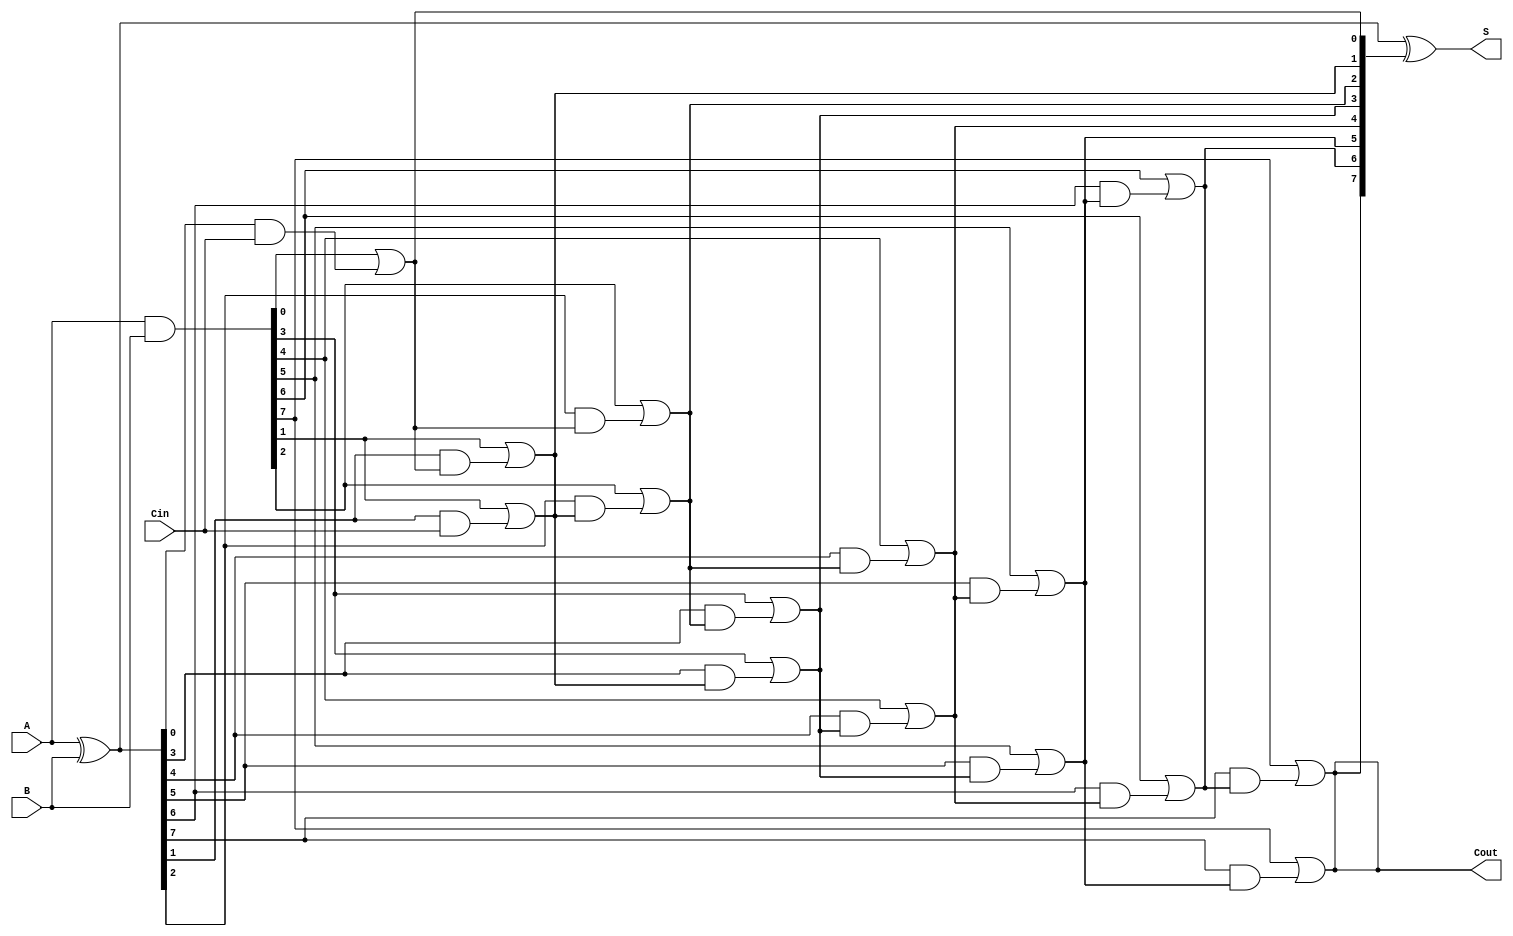
module brent_kung_adder #(
    parameter N = 8 // Parameter for bit-width of the adder
)(
    input [N-1:0] A,       // First n-bit input
    input [N-1:0] B,       // Second n-bit input
    input Cin,             // Carry-in
    output [N-1:0] S,      // n-bit sum output
    output Cout            // Carry-out
);

    // Generate and Propagate signals
    wire [N-1:0] G; // Generate
    wire [N-1:0] P; // Propagate
    wire [N:0] C;   // Carry signals

    assign G = A & B;           // Generate signals
    assign P = A ^ B;           // Propagate signals
    assign C[0] = Cin;          // Initial carry-in

    // Level 1 Carry computation
    genvar i;
    generate
        for (i = 0; i < N; i = i + 1) begin: level1
            if (i == 0) begin
                assign C[i + 1] = G[i] | (P[i] & C[i]);
            end else begin
                assign C[i + 1] = G[i] | (P[i] & C[i]);
            end
        end
    endgenerate

    // Level 2 Carry computation (Brent-Kung structure)
    generate
        for (i = 0; i < N; i = i + 1) begin: level2
            if (i >= 1) begin
                assign C[i + 1] = G[i] | (P[i] & C[i - 1]);
            end
        end
    endgenerate

    // Sum computation
    assign S = P ^ C[N:1]; // Final sum from propagate and carry signals

    // Final Carry-Out
    assign Cout = C[N];

endmodule